Medical and sanitary report on the native army of Bombay for the year
Year: 1878
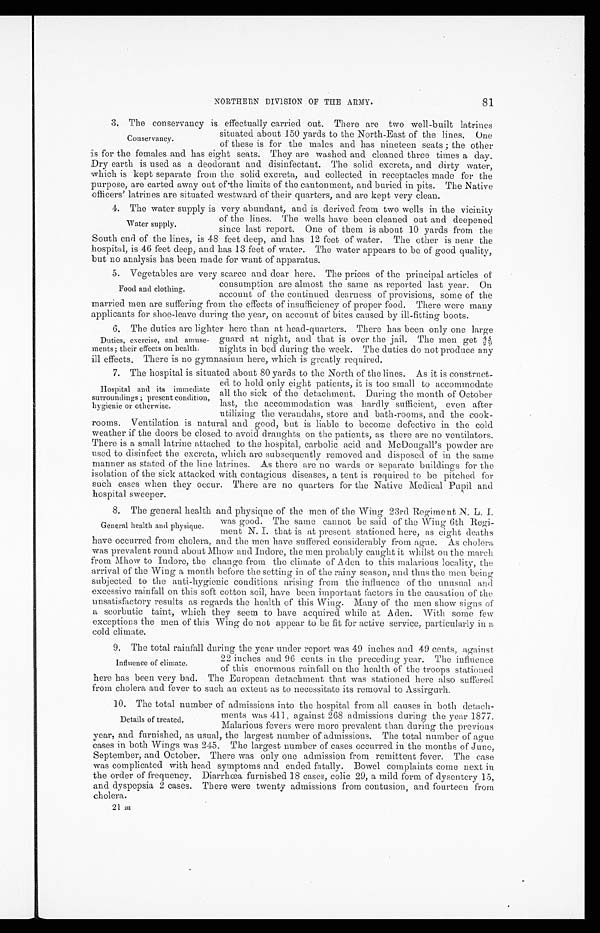
NORTHERN DIVISION OF THE ARMY.
81
3. The conservancy is effectually carried out. There are two well-built latrines
situated about 150 yards to the North-East of the lines. One
of these is for the males and has nineteen seats; the other
is for the females and has eight seats. They are washed and cleaned three times a day.
Dry earth is used as a deodorant and disinfectant. The solid excreta, and dirty water,
which is kept separate from the solid excreta, and collected in receptacles made for the
purpose, are carted away out of the limits of the cantonment, and buried in pits. The Native
officers' latrines are situated westward of their quarters, and are kept very clean.
4. The water supply is very abundant, and is derived from two wells in the vicinity
of the lines. The wells have been cleaned out and deepened
since last report. One of them is about 10 yards from the
South end of the lines, is 48 feet deep, and has 12 feet of water. The other is near the
hospital, is 46 feet deep, and has 13 feet of water. The water appears to be of good quality,
but no analysis has been made for want of apparatus.
5. Vegetables are very scarce and dear here. The prices of the principal articles of
consumption are almost the same as reported last year. On
account of the continued dearness of provisions, some of the
married men are suffering from the effects of insufficiency of proper food. There were many
applicants for shoe-leave during the year, on account of bites caused by ill-fitting boots.
6. The duties are lighter here than at head-quarters. There has been only one large
guard at night, and that is over the jail. The men get
4/2·5/9nights in bed during the week. The duties do not produce any
ill effects. There is no gymnasium here, which is greatly required.
7. The hospital is situated about 80 yards to the North of the lines. As it is construct
-ed to hold only eight patients, it is too small to accommodate
all the sick of the detachment. During the month of October
last, the accommodation was hardly sufficient, even after
utilizing the verandahs, store and bath-rooms, and the cook-
rooms. Ventilation is natural and good, but is liable to become defective in the cold
weather if the doors be closed to avoid draughts on the patients, as there are no ventilators.
There is a small latrine attached to the hospital, carbolic acid and McDougall's powder are
used to disinfect the excreta, which are subsequently removed and disposed of in the same
manner as stated of the line latrines. As there are no wards or separate buildings for the
isolation of the sick attacked with contagious diseases, a tent is required to be pitched for
such cases when they occur. There are no quarters for the Native Medical Pupil and
hospital sweeper.
8. The general health and physique of the men of the Wing 23rd Regiment N. L.
I. was good. The same cannot be said of the Wing 6th Regi
-ment N. I. that is at present stationed here, as eight deaths
have occurred from cholera, and the men have suffered considerably from ague. As cholera
was prevalent round about Mhow and Indore, the men probably caught it whilst on the march
from Mhow to Indore, the change from the climate of Aden to this malarious locality, the
arrival of the Wing a month before the setting in of the rainy season, and thus the men being
subjected to the anti-hygienic conditions arising from the influence of the unusual and
excessive rainfall on this soft cotton soil, have been important factors in the causation of the
unsatisfactory results as regards the health of this Wing. Many of the men show signs of
a scorbutic taint, which they seem to have acquired while at Aden. With some few
exceptions the men of this Wing do not appear to be fit for active service, particularly in a
cold climate.
9. The total rainfall during the year under report was 49 inches and 49 cents, against
22 inches and 96 cents in the preceding year. The influence
of this enormous rainfall on the health of the troops stationed
here has been very bad. The European detachment that was stationed here also suffered
from cholera and fever to such an extent as to necessitate its removal to Assirgurh.
10. The total number of admissions into the hospital from all causes in both detach-
ments was 411, against 268 admissions during the year 1877.
Malarious fevers were more prevalent than during the previous
year, and furnished, as usual, the largest number of admissions. The total number of ague
cases in both Wings was 245. The largest number of cases occurred in the months of June,
September, and October. There was only one admission from remittent fever. The case
was complicated with head symptoms and ended fatally. Bowel complaints come next in
the order of frequency. Diarrhœa furnished 18 cases, colic 29, a mild form of dysentery 15,
and dyspepsia 2 cases. There were twenty admissions from contusion, and fourteen from
cholera.
21 m
Conservancy.
Water supply.
Food and clothing.
Duties, exercise, and amuse
-ments; their effects on health.
Hospital and its immediate
surroundings; present condition,
hygienic or otherwise.
General health and physique.
Influence of climate.
Details of treated.